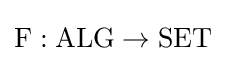
\mathrm {F} :\mathrm {ALG} \to \mathrm {SET}